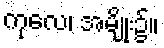
ကုလေ၊ အမျိုး၌။